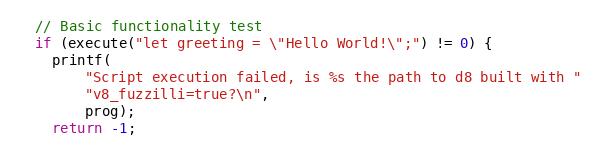
Language: C++
  // Basic functionality test
  if (execute("let greeting = \"Hello World!\";") != 0) {
    printf(
        "Script execution failed, is %s the path to d8 built with "
        "v8_fuzzilli=true?\n",
        prog);
    return -1;